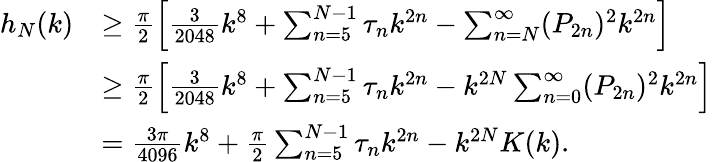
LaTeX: \begin{array}{rl}{h_{N}(k)}&{\geq\frac{\pi}{2}\Big[\frac{3}{2048}k^{8}+\sum_{n=5}^{N-1}\tau_{n}k^{2n}-\sum_{n=N}^{\infty}(P_{2n})^{2}k^{2n}\Big]}\\ &{\geq\frac{\pi}{2}\Big[\frac{3}{2048}k^{8}+\sum_{n=5}^{N-1}\tau_{n}k^{2n}-k^{2N}\sum_{n=0}^{\infty}(P_{2n})^{2}k^{2n}\Big]}\\ &{=\frac{3\pi}{4096}k^{8}+\frac{\pi}{2}\sum_{n=5}^{N-1}\tau_{n}k^{2n}-k^{2N}K(k).}\end{array}